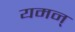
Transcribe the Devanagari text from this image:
यमन्